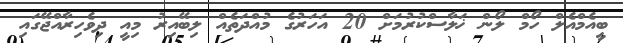
ބީއެމްއެލް ހޯމް ލޯން ޚަލާސްކުރުމަށް 20 އަހަރުގެ މުއްދަތެއް ލިބޭއިރު މިއީ ދިވެހިރާއްޖޭގައި